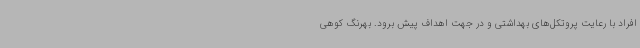
افراد با رعایت پروتکل‌های بهداشتی و در جهت اهداف پیش برود. بهرنگ کوهی